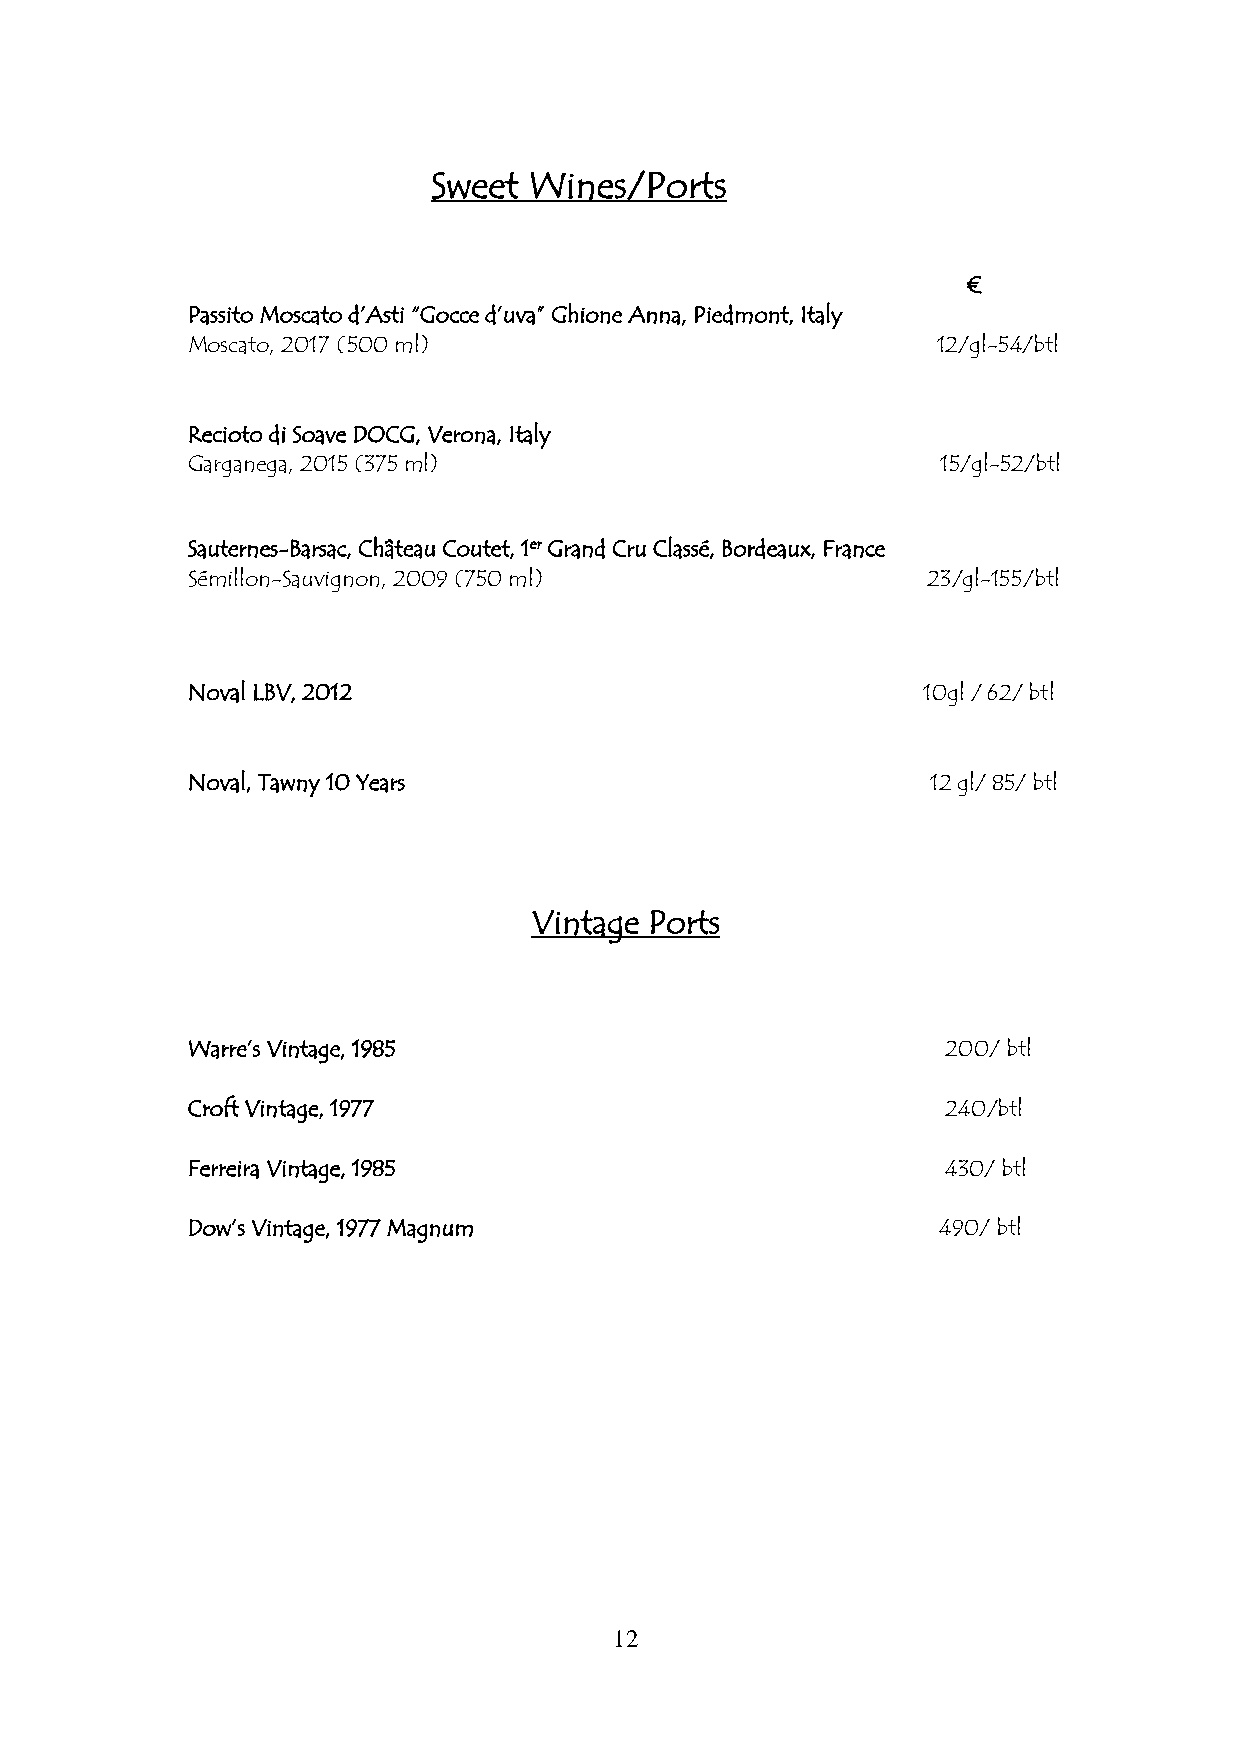
Sweet Wines/Ports
 €
 Passito Moscato d’Asti “Gocce d’uva” Ghione Anna, Piedmont, Italy
 Moscato, 2017 (500 ml)                            12/gl-54/btl
 Recioto di Soave DOCG, Verona, Italy
 Garganega, 2015 (375 ml)                          15/gl-52/btl
 Sauternes-Barsac, Château Coutet, 1er Grand Cru Classé, Bordeaux, France
 Sémillon-Sauvignon, 2009 (750 ml)                23/gl-155/btl
 Noval LBV, 2012                                  10gl / 62/ btl
 Noval, Tawny 10 Years                             12 gl/ 85/ btl
 Vintage Ports
 Warre’s Vintage, 1985                              200/ btl
 Croft Vintage, 1977                                240/btl
 Ferreira Vintage, 1985                             430/ btl
 Dow’s Vintage, 1977 Magnum                        490/ btl
 12